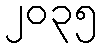
၂၀၃၅